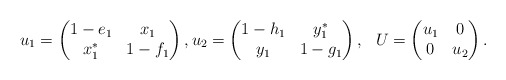
\begin{align*} u_1= \begin{pmatrix} 1-e_1 & x_1 \\ x_1^* & 1-f_1 \end{pmatrix},u_2 = \begin{pmatrix} 1-h_1 & y_1^* \\ y_1 & 1-g_1 \end{pmatrix} , \, \, \,\, U= \begin{pmatrix} u_1 & 0 \\ 0 & u_2 \end{pmatrix}. \end{align*}